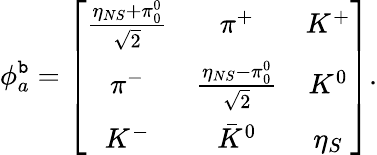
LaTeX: \phi_{a}^{\mathtt{b}}=\left[\begin{array}{ccc}{{{\frac{\eta_{NS}+\pi_{0}^{0}}{\sqrt{2}}}}}&{{\pi^{+}}}&{{K^{+}}}\\ {{\pi^{-}}}&{{{\frac{\eta_{NS}-\pi_{0}^{0}}{\sqrt{2}}}}}&{{K^{0}}}\\ {{K^{-}}}&{{{\bar{K}}^{0}}}&{{\eta_{S}}}\end{array}\right].